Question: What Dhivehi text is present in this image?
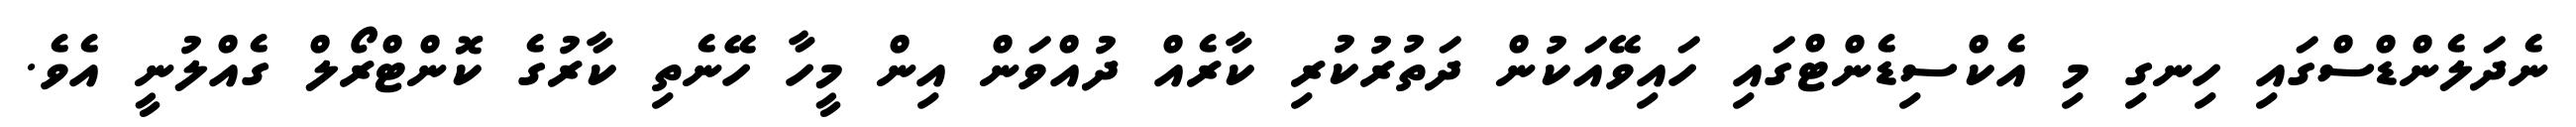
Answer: ނެދަލެންޑްސްގައި ހިނގި މި އެކްސިޑެންޓްގައި ހައިވޭއަކުން ދަތުރުކުރި ކާރެއް ދުއްވަން އިން މީހާ ހޭނެތި ކާރުގެ ކޮންޓްރޯލް ގެއްލުނީ އެވެ.